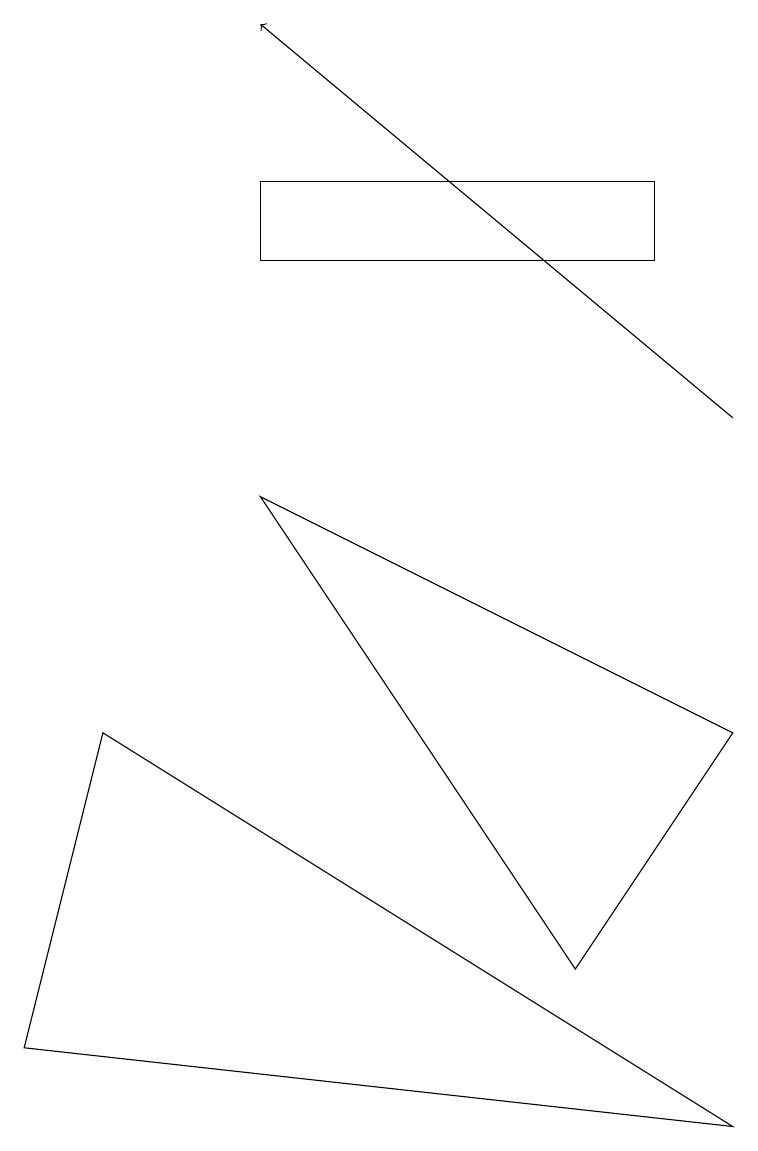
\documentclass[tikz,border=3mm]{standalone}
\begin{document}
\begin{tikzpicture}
\draw[->] (9,10) -- (3,15);
\draw (1,6) -- (0,2) -- (9,1) -- cycle;
\draw (8,12) rectangle (3,13);
\draw (3,9) -- (7,3) -- (9,6) -- cycle;
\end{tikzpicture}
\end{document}